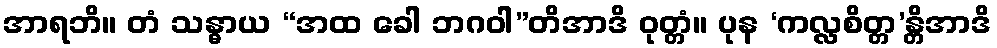
အာရဘိ။ တံ သန္ဓာယ “အထ ခေါ ဘဂဝါ”တိအာဒိ ဝုတ္တံ။ ပုန ‘ကလ္လစိတ္တ’န္တိအာဒိ